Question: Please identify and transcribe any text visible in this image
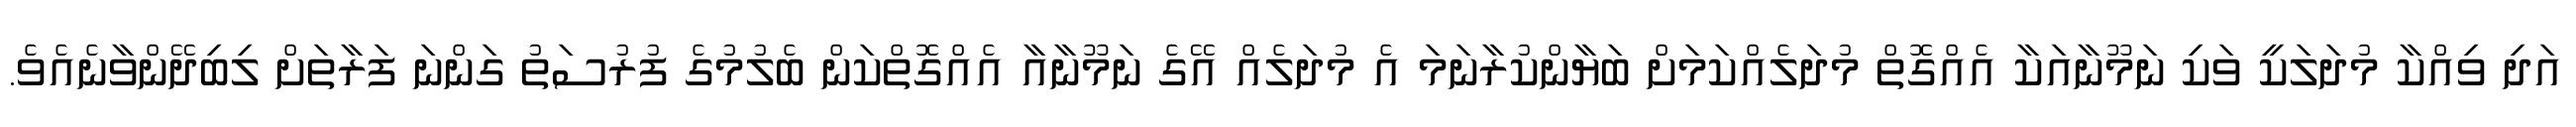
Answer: އަދި ވިއްކާ މުދަލަކީ ވަކި ނަމޫނާއަކާ އެއްގޮތް މުދަލެއްކަމަށް ބަޔާންކުރާނަމަ އެ މުދަލެއް އޭގެ ނަމޫނާއާ އެއްގޮތްކަން ބެލުމުގެ ފުރުސަތު ގަންނަ ފަރާތަށް ލިބިދޭންވާނެއެވެ.